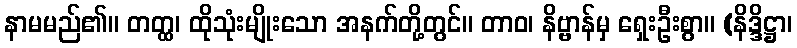
နာမမည်၏။ တတ္ထ၊ ထိုသုံးမျိုးသော အနက်တို့တွင်။ တာဝ၊ နိဗ္ဗာန်မှ ရှေးဦးစွာ။ (နိဒ္ဒိဋ္ဌာ၊